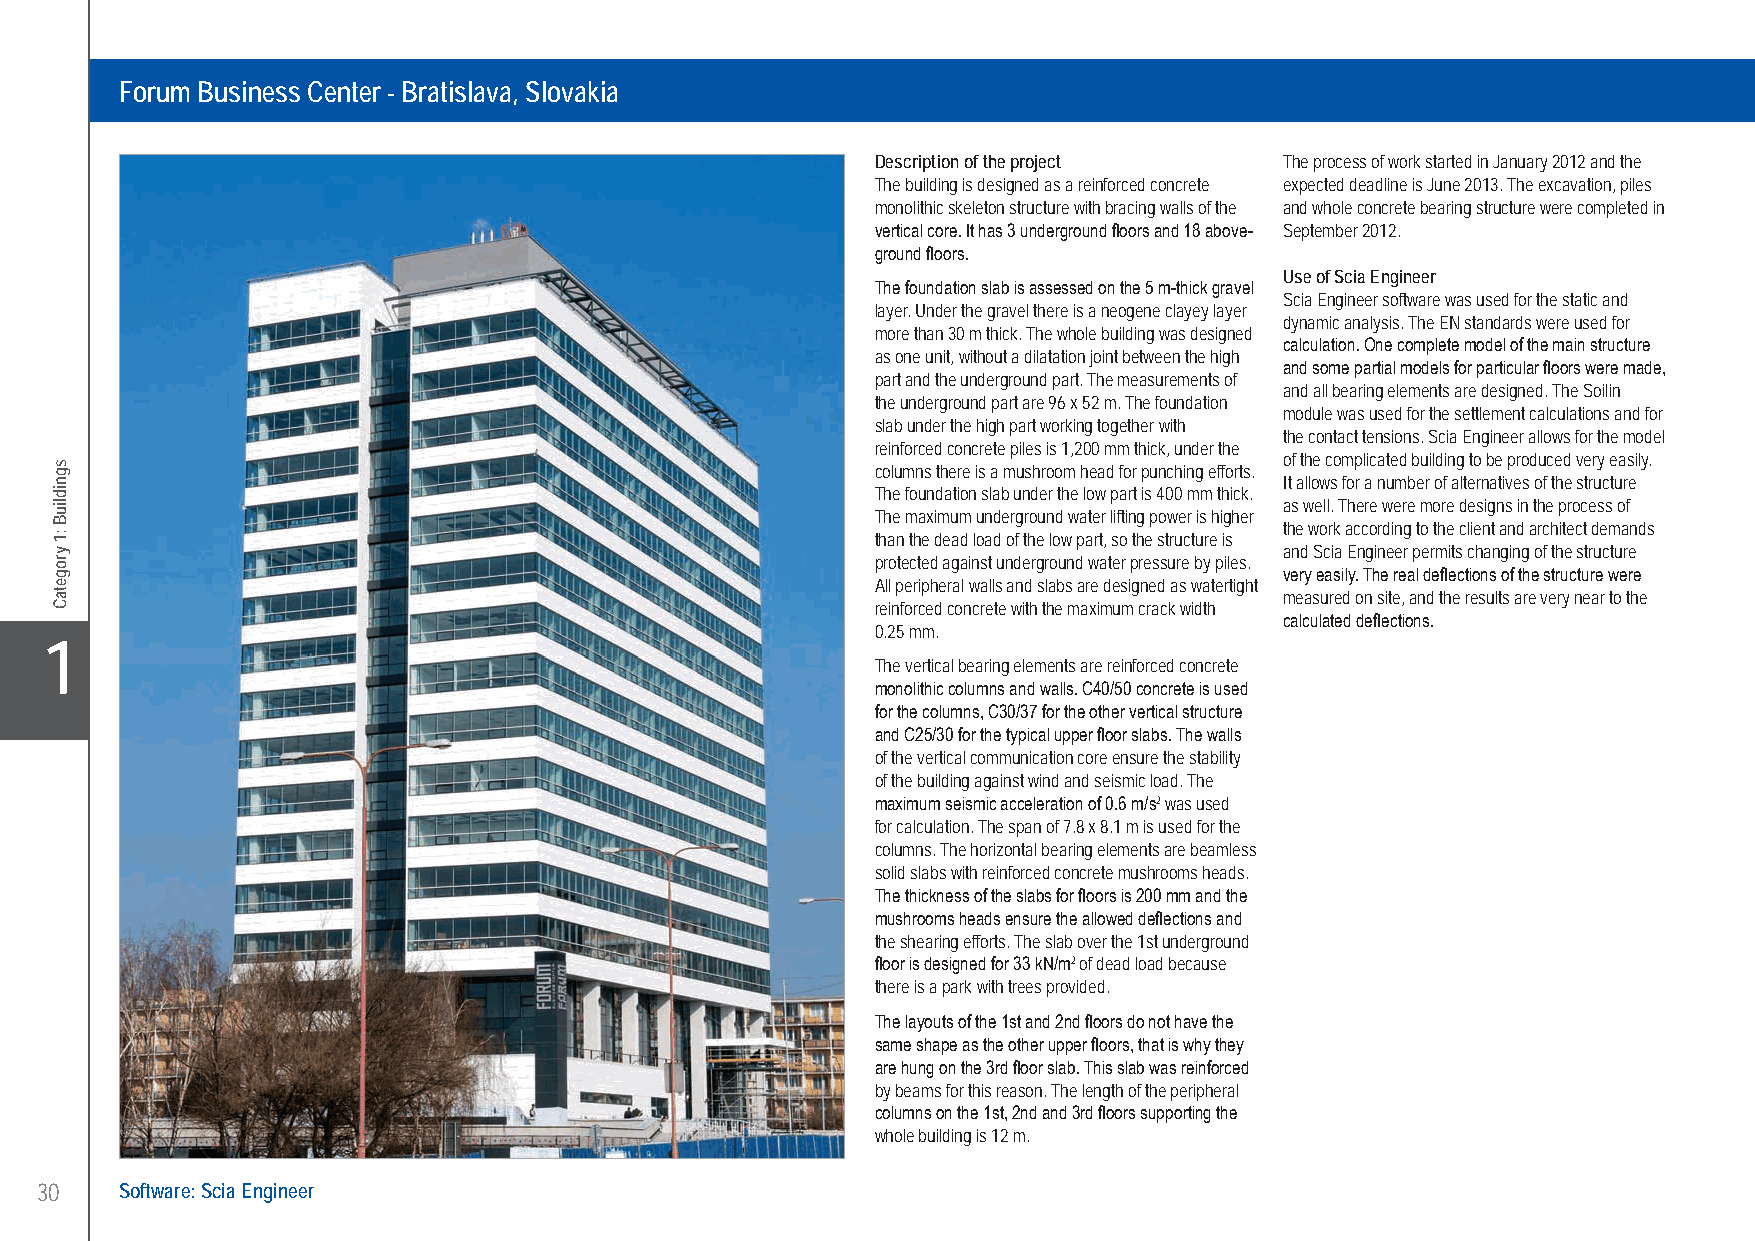
Baran Projekt s.r.o. ..........Forum Business Center - Bratislava, Slovakia
 Forum Business Center - Bratislava, Slovakia
 Description of the project The process of work started in January 2012 and the
 The building is designed as a reinforced concrete expected deadline is June 2013. The excavation, piles
 monolithic skeleton structure with bracing walls of the and whole concrete bearing structure were completed in
 vertical core. It has 3 underground floors and 18 above- September 2012.
 ground floors.
 Use of Scia Engineer
 The foundation slab is assessed on the 5 m-thick gravel
 Scia Engineer software was used for the static and
 layer. Under the gravel there is a neogene clayey layer
 dynamic analysis. The EN standards were used for
 more than 30 m thick. The whole building was designed
 calculation. One complete model of the main structure
 as one unit, without a dilatation joint between the high
 and some partial models for particular floors were made,
 part and the underground part. The measurements of
 and all bearing elements are designed. The Soilin
 the underground part are 96 x 52 m. The foundation
 module was used for the settlement calculations and for
 slab under the high part working together with
 the contact tensions. Scia Engineer allows for the model
 reinforced concrete piles is 1,200 mm thick, under the
 of the complicated building to be produced very easily. columns there is a mushroom head for punching efforts.
 It allows for a number of alternatives of the structure
 The foundation slab under the low part is 400 mm thick.
 as well. There were more designs in the process of
 The maximum underground water lifting power is higher
 the work according to the client and architect demands
 than the dead load of the low part, so the structure is
 and Scia Engineer permits changing of the structure
 protected against underground water pressure by piles.
 very easily. The real deflections of the structure were
 All peripheral walls and slabs are designed as watertight
 measured on site, and the results are very near to the
 reinforced concrete with the maximum crack width
 calculated deflections.
 0.25 mm.
 X1
 The vertical bearing elements are reinforced concrete
 monolithic columns and walls. C40/50 concrete is used
 for the columns, C30/37 for the other vertical structure
 and C25/30 for the typical upper floor slabs. The walls
 of the vertical communication core ensure the stability
 of the building against wind and seismic load. The
 maximum seismic acceleration of 0.6 m/s2 was used
 for calculation. The span of 7.8 x 8.1 m is used for the
 columns. The horizontal bearing elements are beamless
 solid slabs with reinforced concrete mushrooms heads.
 The thickness of the slabs for floors is 200 mm and the
 mushrooms heads ensure the allowed deflections and
 the shearing efforts. The slab over the 1st underground
 floor is designed for 33 kN/m2 of dead load because
 there is a park with trees provided.
 The layouts of the 1st and 2nd floors do not have the
 same shape as the other upper floors, that is why they
 are hung on the 3rd floor slab. This slab was reinforced
 by beams for this reason. The length of the peripheral
 columns on the 1st, 2nd and 3rd floors supporting the
 whole building is 12 m.
 30    Software: Scia Engineer
 UC-2013-Book-V8.indd 30                                                                                   7/11/2013 12:20:35 PM
 sgnidliuB
 :1
 yrogetaC